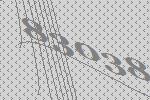
83038